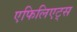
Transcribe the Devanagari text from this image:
एफिलिएट्स